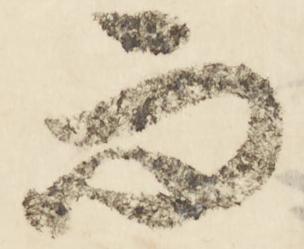
而